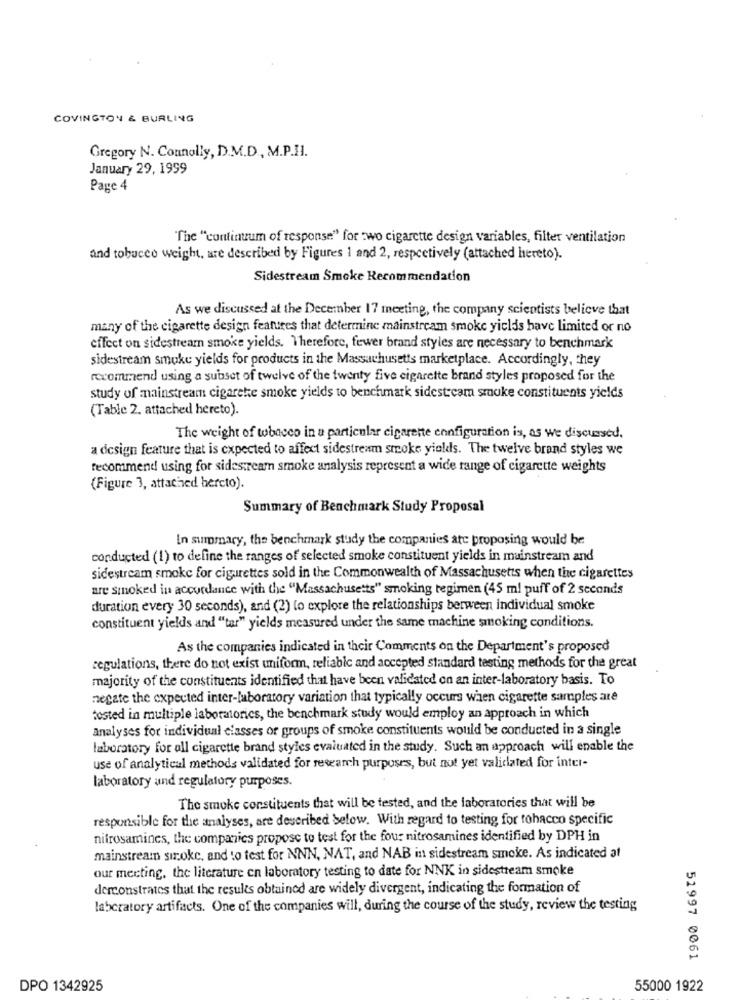
COVINGTON & BURLING
Gregory N. Connolly, D.M.D ., M.P.Il.
January 29, 1999
Page 4
"The "continuum of response" for two cigarette design variables, filter ventilation
and tobucce weight, are described by Figures 1 and 2, respectively (attached hereto).
Sidestream Smoke Recommendation
As we discussed at the December 17 meeting, the company scientists believe that
many of the cigarette design features that determine mainstream smoke yields have limited or no
effect on sidestreamn smoke yields. Therefore, fewer brand styles are necessary to benchmark
sidestream smuke yields for products in the Massachusetts marketplace. Accordingly, they
recommend using a subset of twelve of the twenty five cigarette brand styles proposed for the
study of mainstream cigarette smoke yields to benchmark sidestream smoke constituents yields
(Table 2. attached hereto).
The weight of tobacco in a particular cigarette configuration is, as we discussed.
a design feature that is expected to affect sidestream smoke yields. The twelve brand styles we
recommend using for sidestream smoke analysis represent a wide range of cigarette weights
(Figure 3, attached bercto).
Summary of Benchmark Study Proposal
In summary, the benchmark study the companies are proposing would be
conducted (1) to define the ranges of selected smoke constituent yields in mainstream and
sidestream smoke for cigarettes sold in the Commonwealth of Massachusetts when the cigarettes
are smoked in accordance with the "Massachusetts" smoking regimen (45 ml puff of 2 seconds
duration every 30 seconds), and (2) (o explore the relationships between individual smoke
constituent yields and "tar" yields measured under the same machine smoking conditions.
As the companies indicated in their Comments on the Department's proposed
regulations, there do not exist uniform, reliable and accepted standard testing methods for the great
majority of the constituents identified that have been validated on an inter-laboratory basis. To
negate the expected inter-laboratory variation that typically occurs when cigarette samples are
tosted in multiple laboratories, the benchmark study would employ an approach in which
analyses for individual classes of groups of smoke constituents would be conducted in a single
laboratory for all cigarette brand styles evaluated in the study. Such an approach will enable the
use of analytical methods validated for research purposes, but not yet validated for inter-
laboratory and regulatory purposes.
The smoke constituents that will be tested, and the laboratories that will be
responsible for the analyses, are described below. With regard to testing for tobacco specific
nitrosamines, the companies propose to test for the four nitrosamines identified by DPH in
mainstream siroke, and to test for NNN, NAT, and NAB in sidestream smoke. As indicated at
our meeting. the literature en laboratory testing to date for NNK in sidestream smoke
derconstrates that the results obtained are widely divergent, indicating the formation of
laboratory artifacts. One of the companies will, during the course of the study, review the testing
51997 0061
DPO 1342925
55000 1922